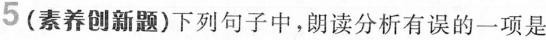
5(素养创新题)下列句子中，朗读分析有误的一项是